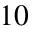
1 0